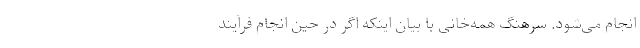
انجام می‌شود. سرهنگ همه‌خانی با بیان اینکه اگر در حین انجام فرآیند